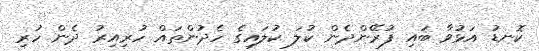
ކޮނޑު އަޅުވާ ބައި ފުރޭންދެން ކުލަ ކުލައިގެ ހެދުންތައް ހުރިއިރު ދެން ހުރި